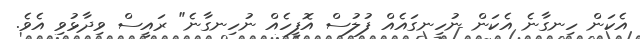
އެކަން ހިނގާނެ އެކަން ނުހިނގައެއް ފުލުސް އޮފީހެއް ނުހިނގާނެ" ރައީސް ވިދާޅުވި އެވެ.